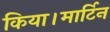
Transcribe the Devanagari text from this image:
किया।मार्टिन